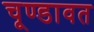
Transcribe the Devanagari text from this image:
चूण्डावत